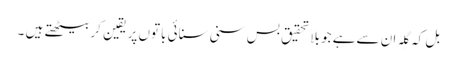
بل کہ گِلہ ان سےہے جو بِلاتحقیق بس سنی سنائی باتوں پر یقین کر بیٹھتے ہیں ۔